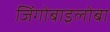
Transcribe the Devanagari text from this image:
जिंगोबाइलोबा